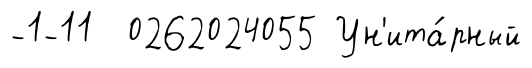
-1-11 0262024055 Ун'ита́рный